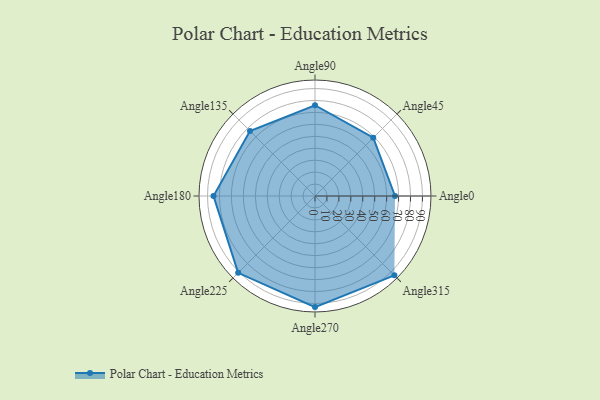
{"axis": {"x": "Angle", "y": "Radius"}, "legend": [""], "data": [{"x": "Angle0", "y": 67.0, "type": ""}, {"x": "Angle45", "y": 69.0, "type": ""}, {"x": "Angle90", "y": 76.0, "type": ""}, {"x": "Angle135", "y": 77.0, "type": ""}, {"x": "Angle180", "y": 85.0, "type": ""}, {"x": "Angle225", "y": 91.0, "type": ""}, {"x": "Angle270", "y": 93.0, "type": ""}, {"x": "Angle315", "y": 94.0, "type": ""}]}